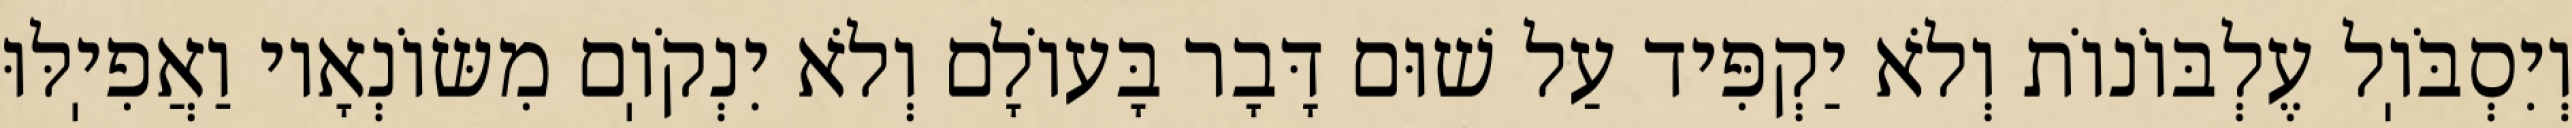
וְיִסְבֹּוֽל עֶלְבּוֹנוֹת וְלֹא יַקְפִּיד עַל שׁוּם דָּבָר בָּעוֹלָם וְלֹא יִנְקֹוֽם מִשּׂוֹנְאָיו וַאֲפִיֽלּוּ